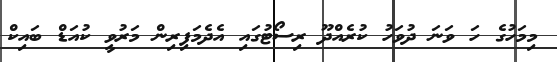
މިމަހުގެ ހަ ވަނަ ދުވަހު ކުރެއްދޫ ރިސޯޓުގައި އެދެމަފިރިން މަރުވީ ކުއަޑް ބައިކް